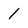
Character: 1